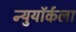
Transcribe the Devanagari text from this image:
न्युयॉर्कला